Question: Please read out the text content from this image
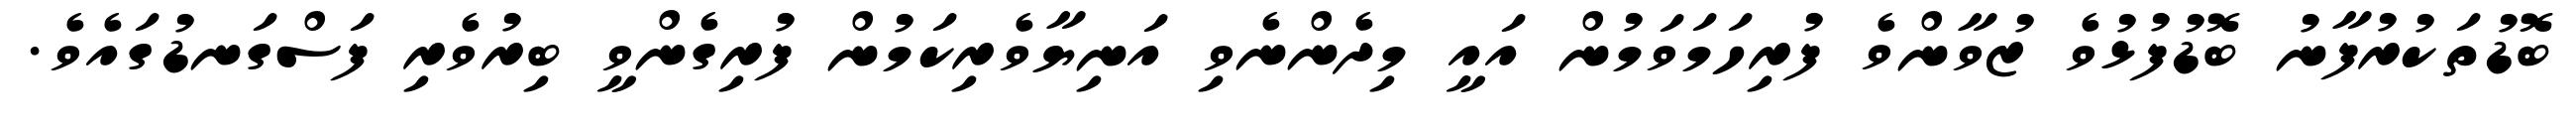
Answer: ބޮޑުތަކުރުފާނު ބޮޑުފުޅުވެ ޒުވާންވެ ފުރިހަމަވަމުން އައީ މިދެންނެވި އަނިޔާވެރިކަމުން ފުރިގެންވީ ބިރުވެރި ފަސްގަނޑުގައެވެ.